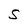
Character: S